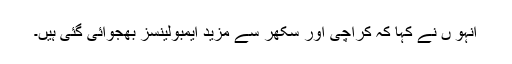
انہو ں نے کہا کہ کراچی اور سکھر سے مزید ایمبولینسز بھجوائی گئی ہیں۔